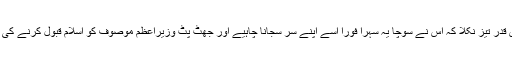
ایک جیالا تو اس قدر تیز نکلا کہ اس نے سوچا یہ سہرا فوراً اسے اپنے سر سجانا چاہیے اور جھٹ پٹ وزیراعظم موصوف کو اسلام قبول کرنے کی دعوت دے ڈالی۔